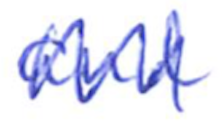
Text: and
Cross-out: zig-zag
Writing tool: ballpoint